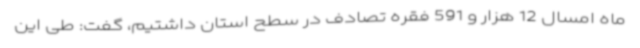
ماه امسال 12 هزار و 591 فقره تصادف در سطح استان داشتیم، گفت: طی این